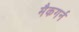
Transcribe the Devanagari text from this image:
मैकगर्न